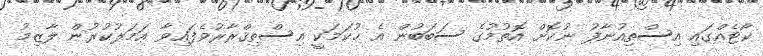
ކޯޓެއްގައި އިސްތިއުނާފު ނުކޮށް އޮތުމުގެ ސަބަބުން އެ ޙުކަމަކީ އިސްތިޤްރާރުވެފައިވާ ޢަމަލުކުރުން ލާޒިމު